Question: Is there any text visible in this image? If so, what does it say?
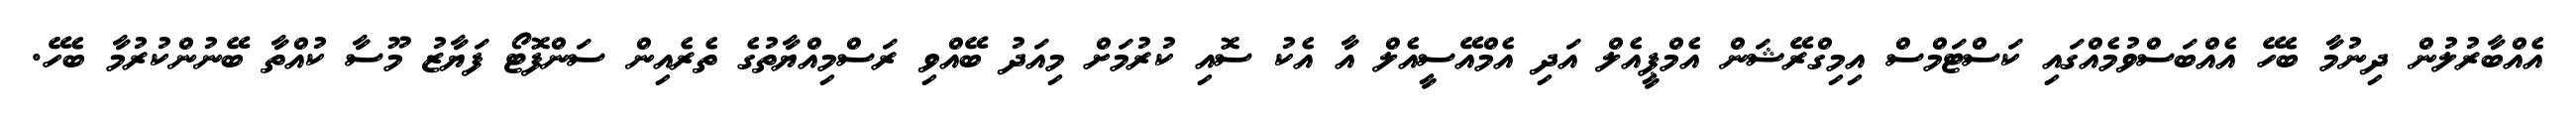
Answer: އެއްބާރުލުން ދިނުމާ ބެހޭ އެއްބަސްވުމެއްގައި ކަސްޓަމްސް އިމިގްރޭޝަން އެމްޕީއެލް އަދި އެމްއޭސީއެލް އާ އެކު ސޮއި ކުރުމަށް މިއަދު ބޭއްވި ރަސްމިއްޔާތުގެ ތެރެއިން ސަންފޮޓޯ ފަޔާޒު މޫސާ ކުއްތާ ބޭނުންކުރުމާ ބެހޭ.